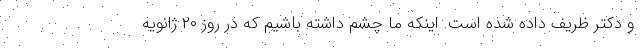
و دکتر ظریف داده شده است. اینکه ما چشم داشته باشیم که در روز ۲۰ ژانویه